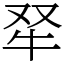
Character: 𤘩